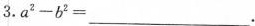
3. $$a^{2} - b^{2} = ___$$ .